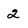
Character: 2